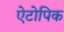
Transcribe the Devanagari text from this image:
ऐटोपिक